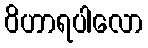
ဝိဟာရပါလော